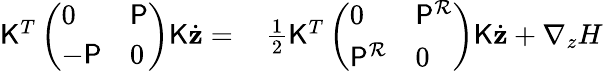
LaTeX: \begin{array}{rl}{\mathsf{K}^{T}\left(\begin{array}{ll}{0}&{\mathsf{P}}\\ {-\mathsf{P}}&{0}\end{array}\right)\mathsf{K}\dot{\mathbf{z}}=}&{{}\, \frac{1}{2}\mathsf{K}^{T}\left(\begin{array}{ll}{0}&{\mathsf{P}^{\mathcal{R}}}\\ {\mathsf{P}^{\mathcal{R}}}&{0}\end{array}\right)\mathsf{K}\dot{\mathbf{z}}+\nabla_{z}H}\end{array}